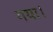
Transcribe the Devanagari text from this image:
गया।